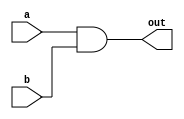
module basic_and #(parameter WIDTH = 1)(
	input [WIDTH-1:0] a,
	input [WIDTH-1:0] b,
	output [WIDTH-1:0] out
	);
	
	assign out =a & b;
	endmodule 


















/*module counter (clk, reset, enable, count);  
input clk, reset, enable;
output [3:0] count;
reg [3:0] count; 

always @ (posedge clk)
if (reset == 1'b1) begin
	count <= 0;
end else if (enable == 1'b1) begin
	count <= count+1; 
end 

endmodule 

*/